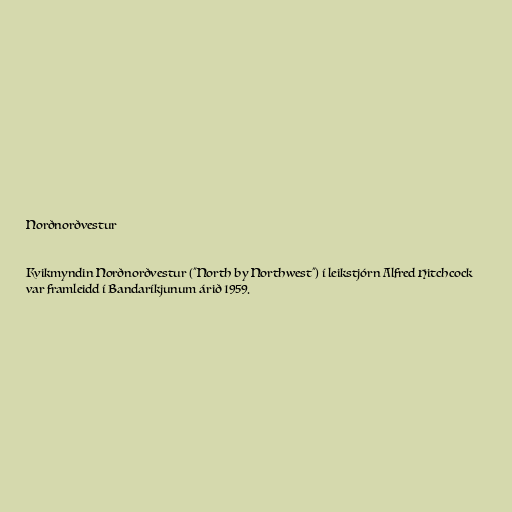
Norðnorðvestur

Kvikmyndin Norðnorðvestur ("North by Northwest") í leikstjórn Alfred Hitchcock
var framleidd í Bandaríkjunum árið 1959.